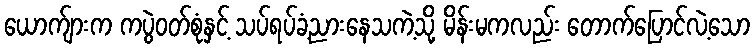
ယောက်ျားက ကပွဲဝတ်စုံနှင့် သပ်ရပ်ခံ့ညားနေသကဲ့သို့ မိန်းမကလည်း တောက်ပြောင်လဲ့သော